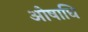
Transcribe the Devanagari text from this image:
ओषाधि